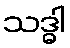
သဒ္ဓါ